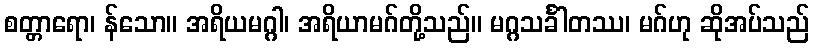
စတ္တာရော၊ န်သော။ အရိယမဂ္ဂါ၊ အရိယာမဂ်တို့သည်။ မဂ္ဂသင်္ခါတဿ၊ မဂ်ဟု ဆိုအပ်သည်